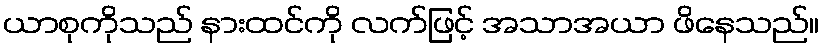
ယာစုကိုသည် နားထင်ကို လက်ဖြင့် အသာအယာ ဖိနေသည်။